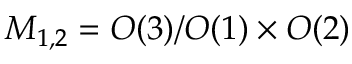
M _ { 1 , 2 } = O ( 3 ) / O ( 1 ) \times O ( 2 )